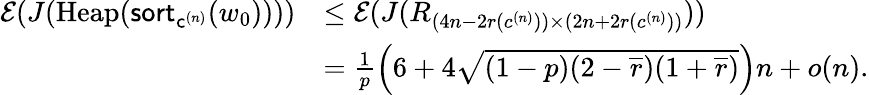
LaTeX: \begin{array}{rl}{\mathcal E(J(\mathrm{Heap}(\mathsf{sort}_{\mathsf{c}^{(n)}}(w_{0}))))}&{\leq\mathcal E(J(R_{(4n-2r(c^{(n)}))\times(2n+2r(c^{(n)}))}))}\\ &{=\frac{1}{p}\left(6+4\sqrt{(1-p)(2-\overline{r})(1+\overline{{r}})}\right)n+o(n).}\end{array}